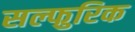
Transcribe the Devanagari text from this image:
सल्फुरिक